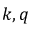
k , q